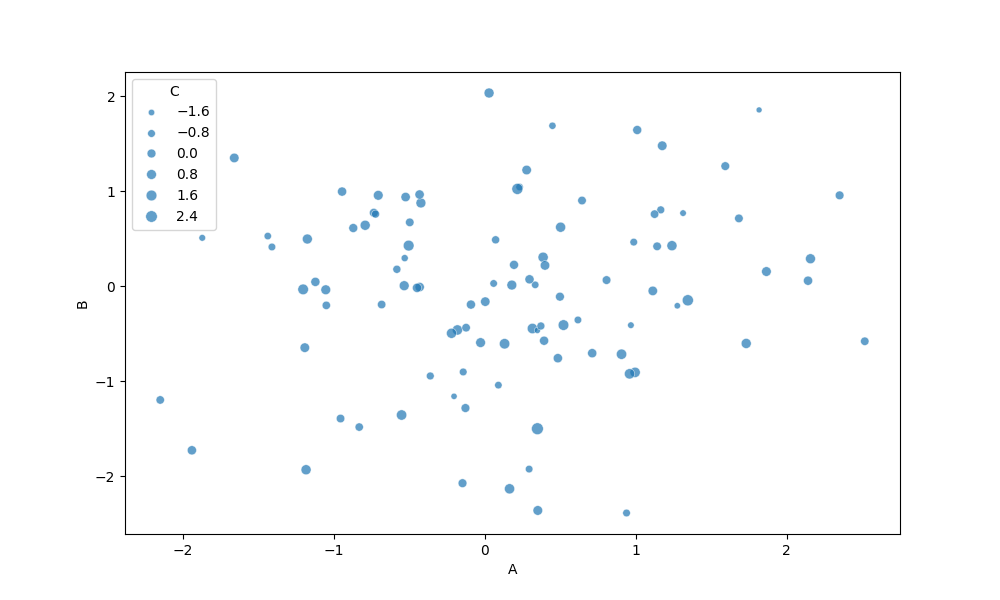
python, seaborn, scatterplot, hue='None', style='None', size='C', palette='muted', alpha=0.7